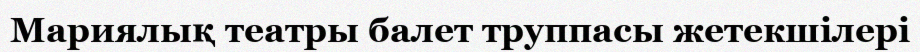
Мариялық театры балет труппасы жетекшілері